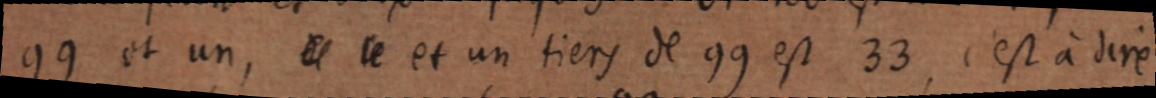
99 et un, et ce et un tiers de 99 est 33, c’est à dire